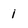
Character: 1